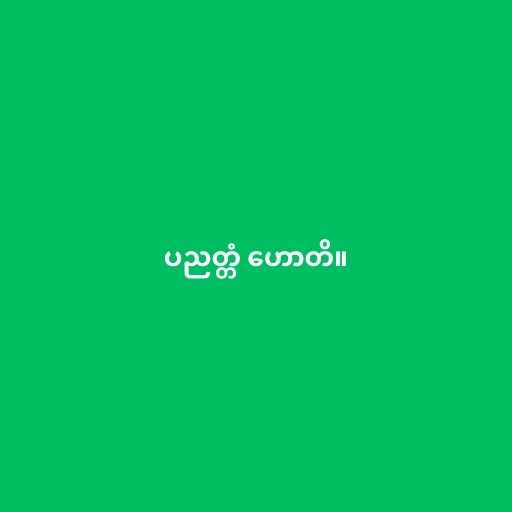
ပညတ္တံ ဟောတိ။